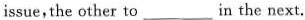
issue,the other to ___ in the next.